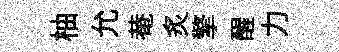
柚允𤲅炙擎醒力